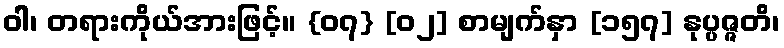
ဝါ၊ တရားကိုယ်အားဖြင့်။ {၀၇} [၀၂] စာမျက်နှာ [၁၅၇] နုပ္ပဇ္ဇတိ၊